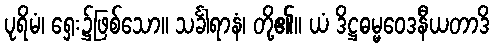
ပုရိမံ၊ ရှေး၌ဖြစ်သော။ သင်္ခါရာနံ၊ တို့၏။ ယံ ဒိဋ္ဌဓမ္မဝေဒနီယတာဒိ